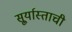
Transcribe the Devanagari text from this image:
सू्र्यास्ताची